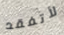
لأتفقد